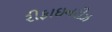
રીફાઇનરીઝ